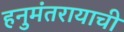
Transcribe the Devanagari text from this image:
हनुमंतरायाची